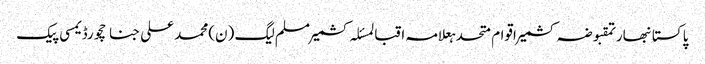
پاکستانبھارتمقبوضہ کشمیراقوام متحدہعلامہ اقبالمسئلہ کشمیرمسلم لیگ (ن)محمد علی جناحچورڈیمسی پیک